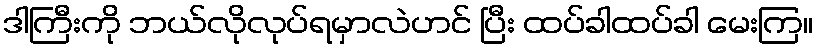
ဒါကြီးကို ဘယ်လိုလုပ်ရမှာလဲဟင် ပြီး ထပ်ခါထပ်ခါ မေးကြ။